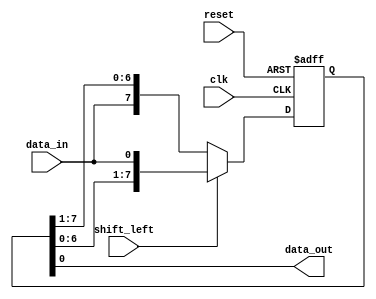
module SISO_shift_register (
    input data_in,
    input clk,
    input reset,
    input shift_left,
    output reg data_out
);

reg [7:0] shift_reg;

always @(posedge clk or posedge reset) begin
    if (reset) begin
        shift_reg <= 8'b0;
    end else begin
        if (shift_left) begin
            shift_reg <= {shift_reg[6:0], data_in};
        end else begin
            shift_reg <= {data_in, shift_reg[7:1]};
        end
    end
end

assign data_out = shift_reg[0];

endmodule